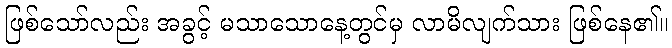
ဖြစ်သော်လည်း အခွင့် မသာသောနေ့တွင်မှ လာမိလျက်သား ဖြစ်နေ၏။